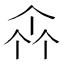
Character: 𠁭